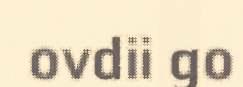
ovdii go